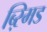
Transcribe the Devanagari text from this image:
ब्ऱिमड